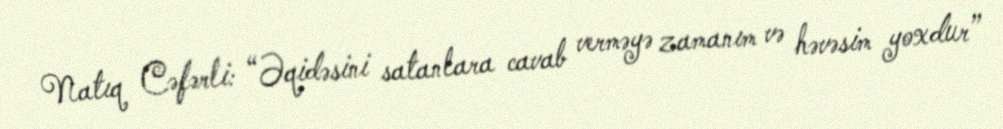
Natıq Cəfərli: “Əqidəsini satanlara cavab verməyə zamanım və həvəsim yoxdur”